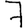
Digit: 7